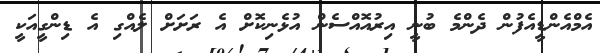
އެމްއެންޑީއެފުން ދެންމެ ބުނީ އިރުއޮއްސެން އުޅެނިކޮށް އެ ރަށަށް ލެއްގި އެ ޑިންގީއަކީ